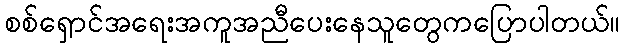
စစ်ရှောင်အရေးအကူအညီပေးနေသူတွေကပြောပါတယ်။